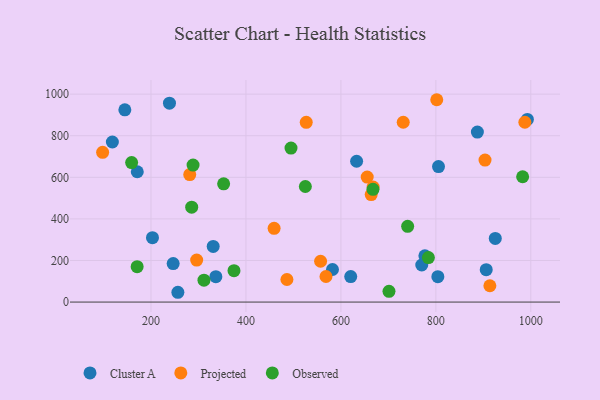
{"axis": {"x": "Investment", "y": "Sales"}, "legend": ["Cluster A", "Observed", "Projected"], "data": [{"x": "906.1", "y": 155.9, "type": "Cluster A"}, {"x": "620.7", "y": 122.5, "type": "Cluster A"}, {"x": "804.2", "y": 121.9, "type": "Cluster A"}, {"x": "336.6", "y": 122.2, "type": "Cluster A"}, {"x": "118.6", "y": 769.7, "type": "Cluster A"}, {"x": "992.8", "y": 878.2, "type": "Cluster A"}, {"x": "925.2", "y": 306.2, "type": "Cluster A"}, {"x": "331.0", "y": 267.8, "type": "Cluster A"}, {"x": "633.1", "y": 677.1, "type": "Cluster A"}, {"x": "246.7", "y": 185.2, "type": "Cluster A"}, {"x": "582.3", "y": 156.6, "type": "Cluster A"}, {"x": "776.9", "y": 222.7, "type": "Cluster A"}, {"x": "887.5", "y": 817.6, "type": "Cluster A"}, {"x": "203.1", "y": 309.9, "type": "Cluster A"}, {"x": "770.3", "y": 178.2, "type": "Cluster A"}, {"x": "238.9", "y": 956.6, "type": "Cluster A"}, {"x": "171.1", "y": 626.8, "type": "Cluster A"}, {"x": "805.6", "y": 651.4, "type": "Cluster A"}, {"x": "144.9", "y": 924.5, "type": "Cluster A"}, {"x": "256.6", "y": 47.1, "type": "Cluster A"}, {"x": "98.1", "y": 720.3, "type": "Projected"}, {"x": "557.2", "y": 196.3, "type": "Projected"}, {"x": "731.3", "y": 864.8, "type": "Projected"}, {"x": "655.4", "y": 601.3, "type": "Projected"}, {"x": "903.6", "y": 682.8, "type": "Projected"}, {"x": "527.0", "y": 864.6, "type": "Projected"}, {"x": "296.2", "y": 201.9, "type": "Projected"}, {"x": "281.6", "y": 613.1, "type": "Projected"}, {"x": "568.6", "y": 123.0, "type": "Projected"}, {"x": "486.3", "y": 108.6, "type": "Projected"}, {"x": "913.8", "y": 78.4, "type": "Projected"}, {"x": "663.8", "y": 516.8, "type": "Projected"}, {"x": "667.9", "y": 553.5, "type": "Projected"}, {"x": "801.9", "y": 973.1, "type": "Projected"}, {"x": "987.5", "y": 864.8, "type": "Projected"}, {"x": "459.3", "y": 354.5, "type": "Projected"}, {"x": "525.1", "y": 555.7, "type": "Observed"}, {"x": "353.0", "y": 568.5, "type": "Observed"}, {"x": "784.3", "y": 214.0, "type": "Observed"}, {"x": "288.6", "y": 659.0, "type": "Observed"}, {"x": "285.7", "y": 456.4, "type": "Observed"}, {"x": "374.8", "y": 150.8, "type": "Observed"}, {"x": "982.8", "y": 602.6, "type": "Observed"}, {"x": "494.9", "y": 740.4, "type": "Observed"}, {"x": "701.3", "y": 51.9, "type": "Observed"}, {"x": "667.6", "y": 542.2, "type": "Observed"}, {"x": "159.2", "y": 671.0, "type": "Observed"}, {"x": "311.6", "y": 105.5, "type": "Observed"}, {"x": "170.8", "y": 170.2, "type": "Observed"}, {"x": "740.6", "y": 364.5, "type": "Observed"}]}